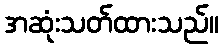
အဆုံးသတ်ထားသည်။